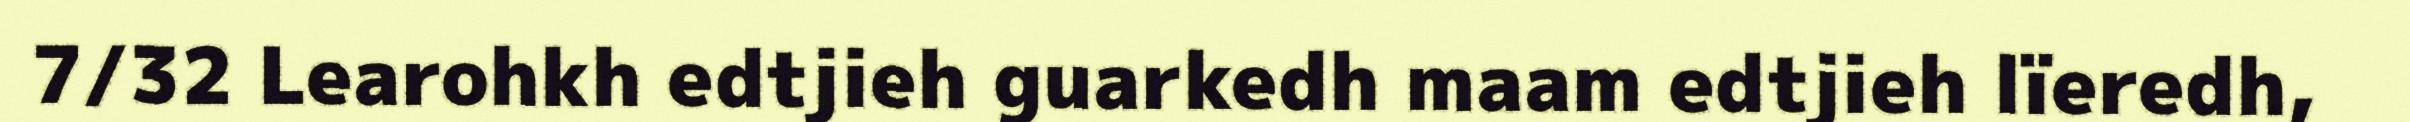
7/32 Learohkh edtjieh guarkedh maam edtjieh lïeredh,